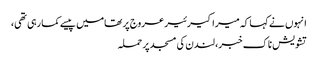
انہوں نے کہا کہ میرا کیرئیر عروج پر تھامیں پیسے کما رہی تھی،
تشویش ناک خبر، لندن کی مسجد پر حملہ